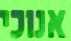
אנוכי